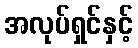
အလုပ်ရှင်နှင့်